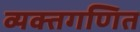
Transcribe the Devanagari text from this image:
व्यक्तगणित